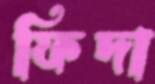
ফিদা